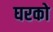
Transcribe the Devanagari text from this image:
घरको